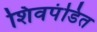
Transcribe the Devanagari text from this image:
शिवपंडित